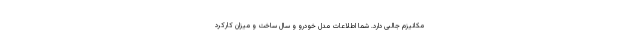
مکانیزم جالبی دارد. شما اطلاعات مدل خودرو و سال ساخت و میزان کارکرد